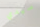
سيدي